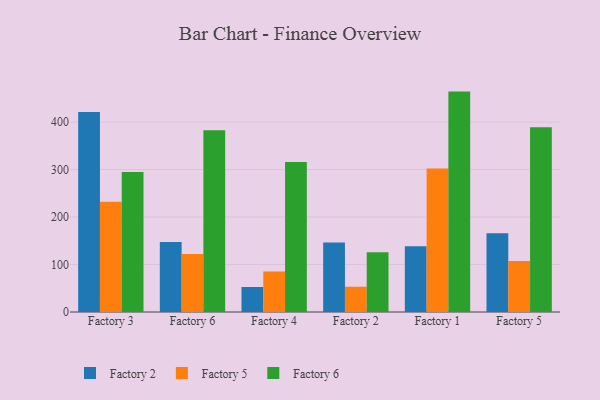
{"axis": {"x": "Factory", "y": "Page Views"}, "legend": ["Factory 2", "Factory 5", "Factory 6"], "data": [{"x": "Factory 3", "y": 421.3, "type": "Factory 2"}, {"x": "Factory 3", "y": 231.9, "type": "Factory 5"}, {"x": "Factory 3", "y": 294.6, "type": "Factory 6"}, {"x": "Factory 6", "y": 147.6, "type": "Factory 2"}, {"x": "Factory 6", "y": 121.9, "type": "Factory 5"}, {"x": "Factory 6", "y": 382.8, "type": "Factory 6"}, {"x": "Factory 4", "y": 52.7, "type": "Factory 2"}, {"x": "Factory 4", "y": 85.3, "type": "Factory 5"}, {"x": "Factory 4", "y": 315.7, "type": "Factory 6"}, {"x": "Factory 2", "y": 146.4, "type": "Factory 2"}, {"x": "Factory 2", "y": 53.2, "type": "Factory 5"}, {"x": "Factory 2", "y": 125.7, "type": "Factory 6"}, {"x": "Factory 1", "y": 138.6, "type": "Factory 2"}, {"x": "Factory 1", "y": 302.4, "type": "Factory 5"}, {"x": "Factory 1", "y": 464.1, "type": "Factory 6"}, {"x": "Factory 5", "y": 165.7, "type": "Factory 2"}, {"x": "Factory 5", "y": 107.4, "type": "Factory 5"}, {"x": "Factory 5", "y": 389.0, "type": "Factory 6"}]}